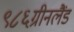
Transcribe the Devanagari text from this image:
९८६ग्रीनलैंड